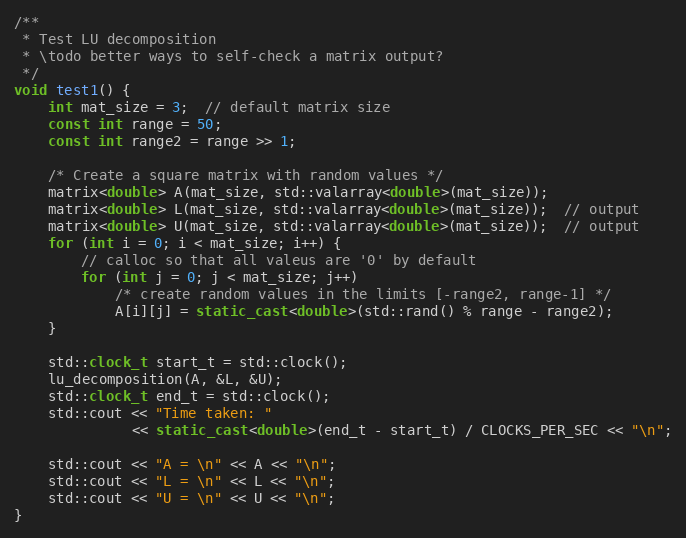
Language: C++
/**
 * Test LU decomposition
 * \todo better ways to self-check a matrix output?
 */
void test1() {
    int mat_size = 3;  // default matrix size
    const int range = 50;
    const int range2 = range >> 1;

    /* Create a square matrix with random values */
    matrix<double> A(mat_size, std::valarray<double>(mat_size));
    matrix<double> L(mat_size, std::valarray<double>(mat_size));  // output
    matrix<double> U(mat_size, std::valarray<double>(mat_size));  // output
    for (int i = 0; i < mat_size; i++) {
        // calloc so that all valeus are '0' by default
        for (int j = 0; j < mat_size; j++)
            /* create random values in the limits [-range2, range-1] */
            A[i][j] = static_cast<double>(std::rand() % range - range2);
    }

    std::clock_t start_t = std::clock();
    lu_decomposition(A, &L, &U);
    std::clock_t end_t = std::clock();
    std::cout << "Time taken: "
              << static_cast<double>(end_t - start_t) / CLOCKS_PER_SEC << "\n";

    std::cout << "A = \n" << A << "\n";
    std::cout << "L = \n" << L << "\n";
    std::cout << "U = \n" << U << "\n";
}